65_HS1-834228961_62-HQ-83894_Section_7
Agency: FBI
Page 181
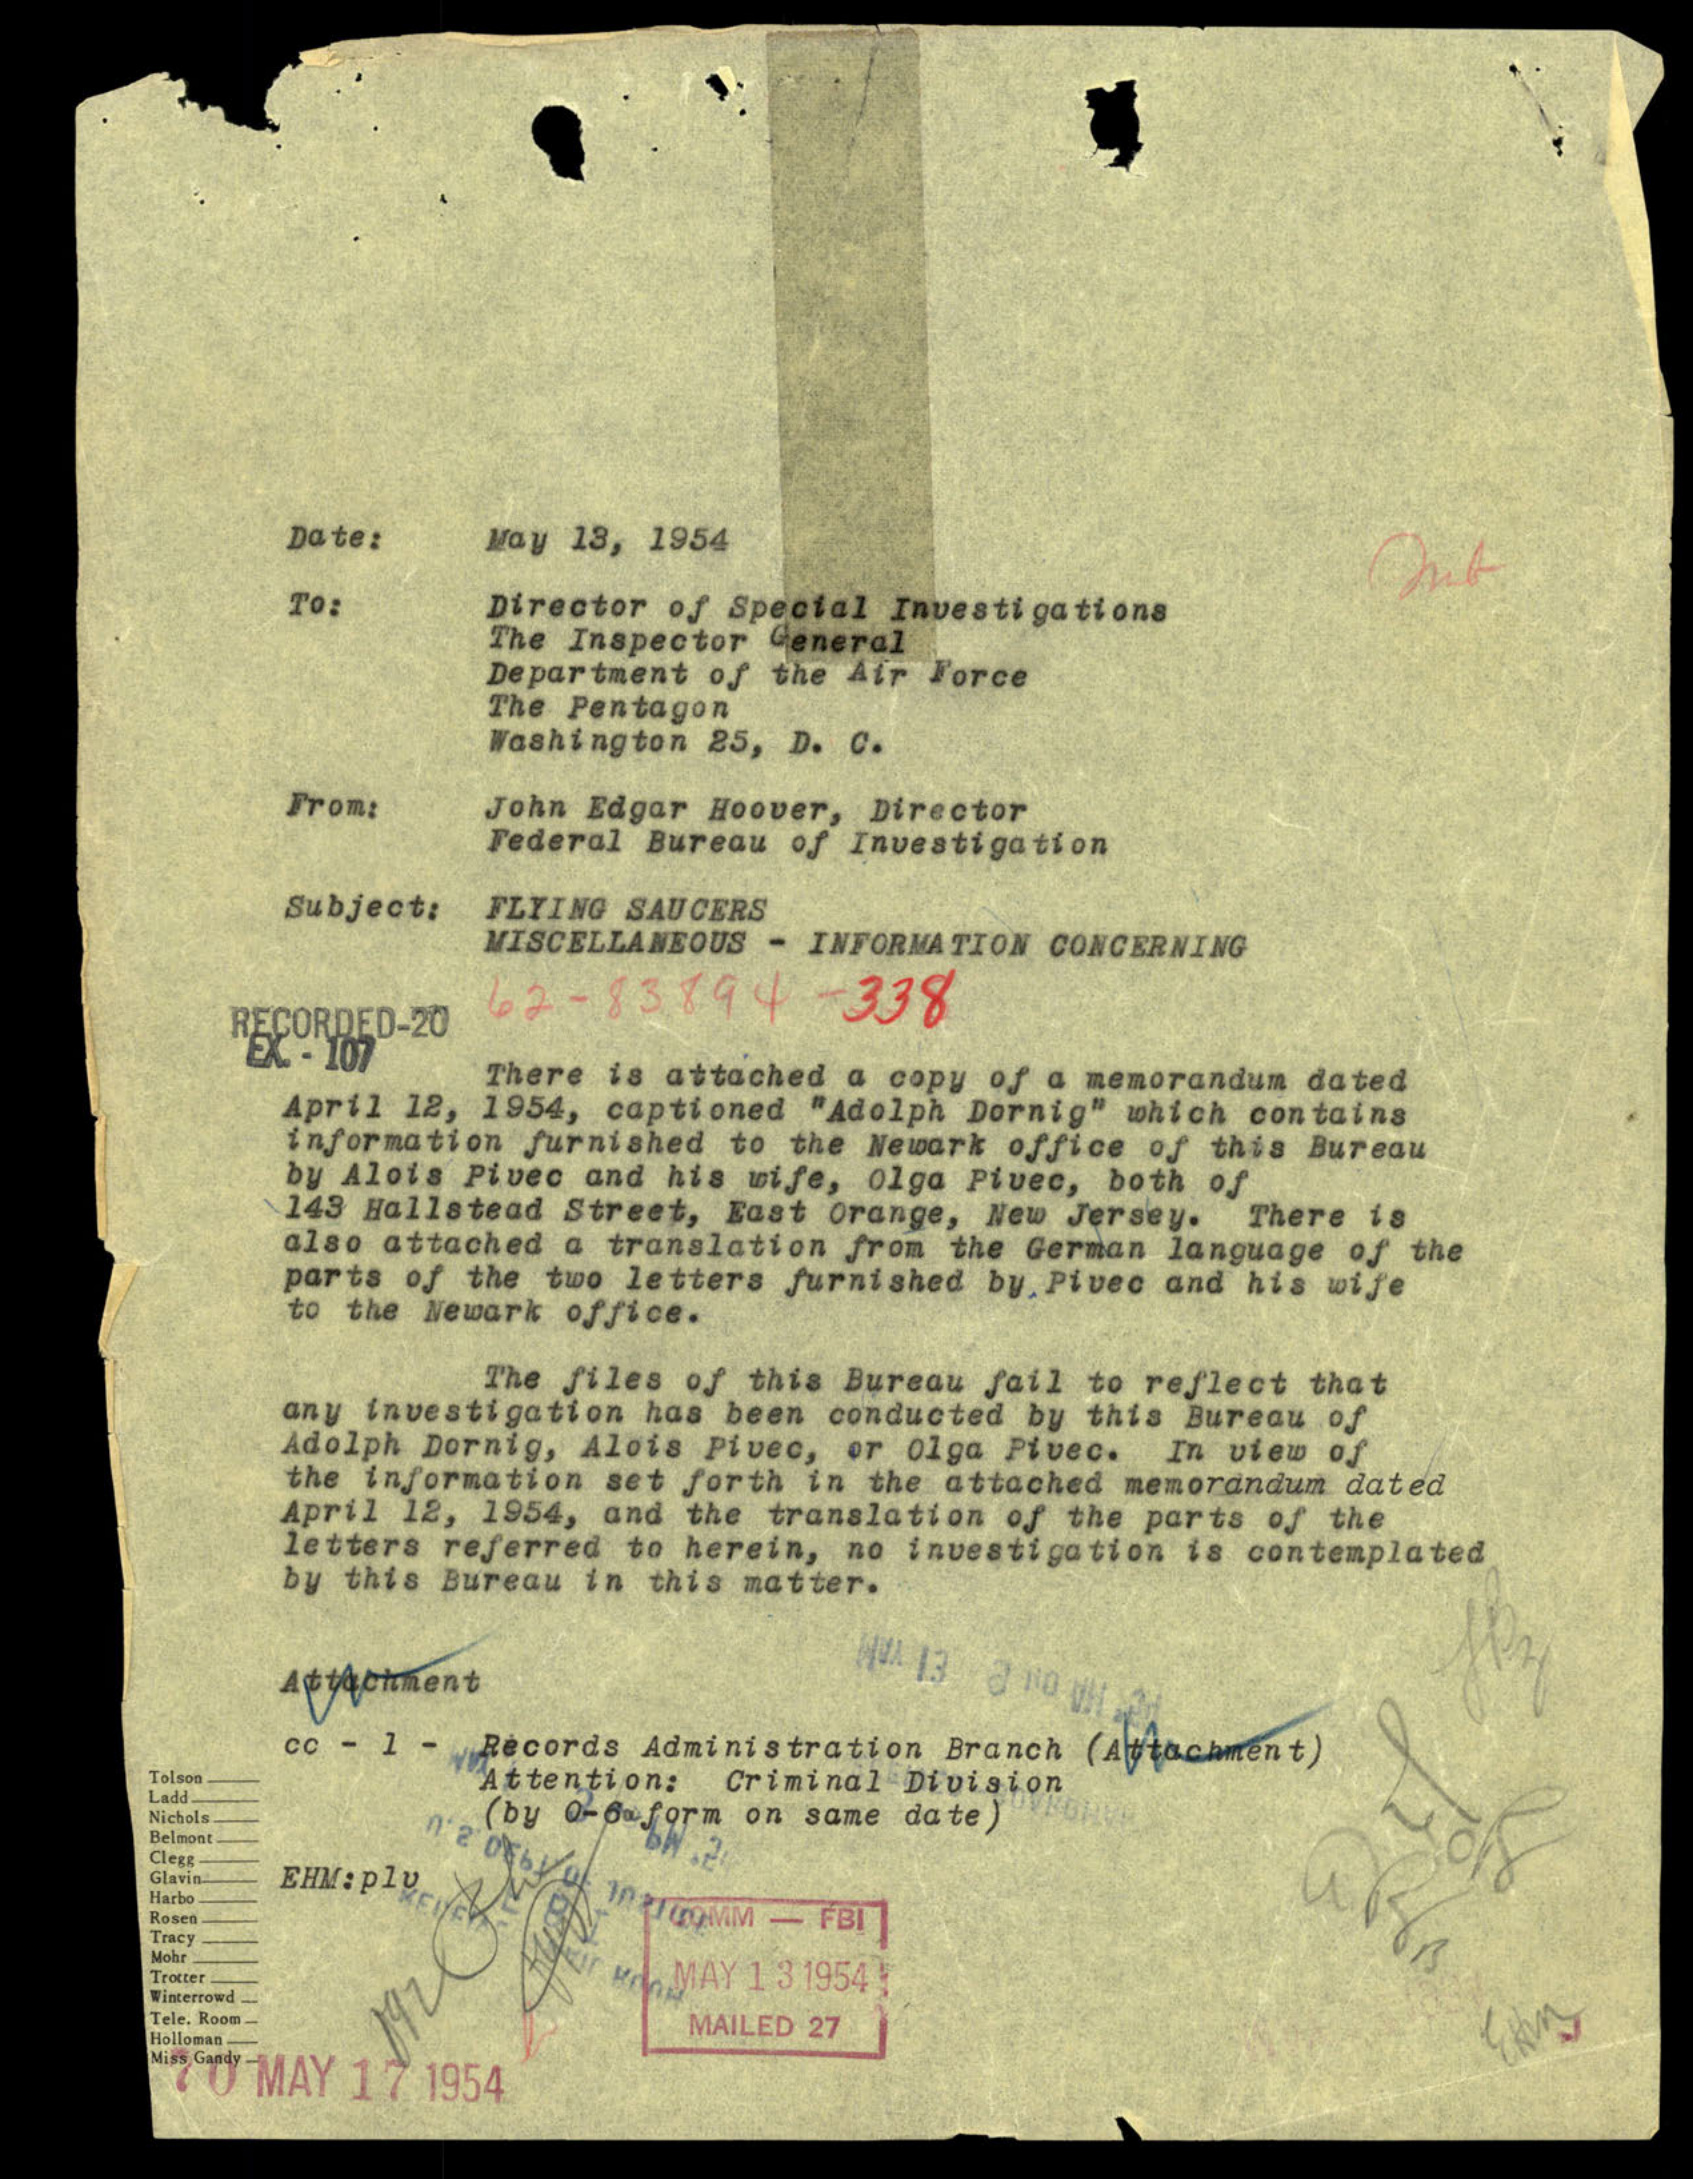